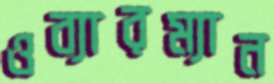
ওব্যারম্যান